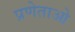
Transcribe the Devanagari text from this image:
प्रणेताओ